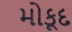
મોકૂદ